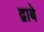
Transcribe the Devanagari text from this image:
द्वाबे